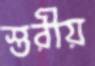
স্তরীয়